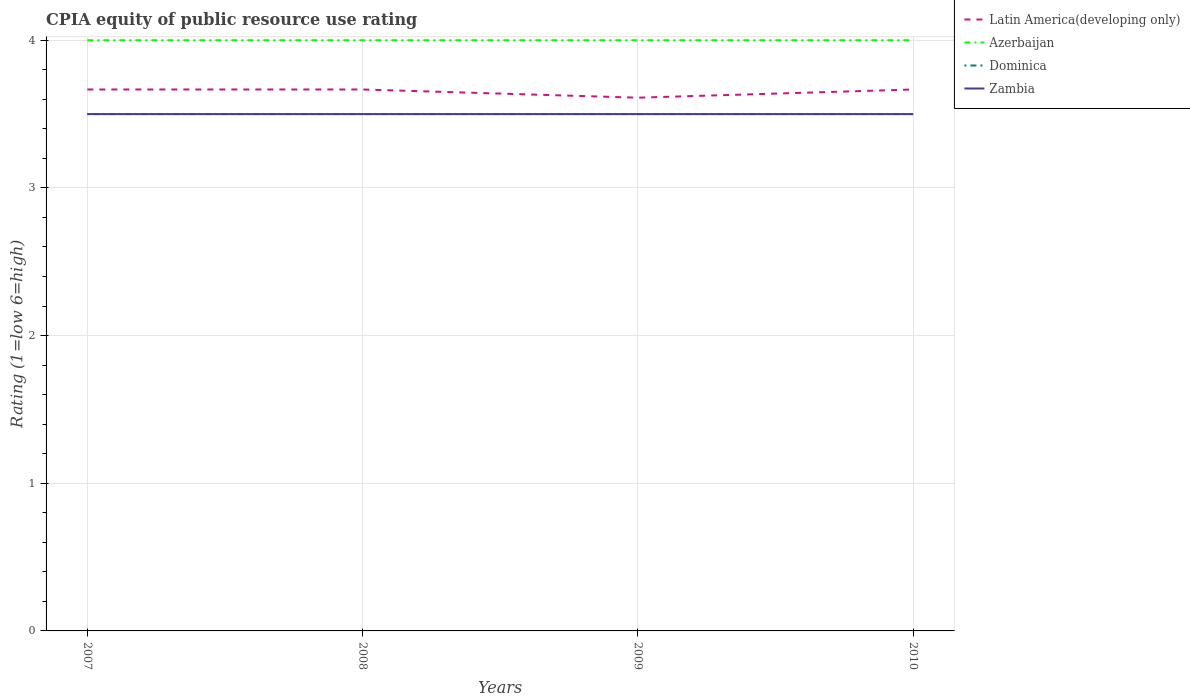
| Years | Latin America(developing only) | Azerbaijan | Dominica | Zambia |
 | --- | --- | --- | --- | --- |
 | 2007 | 3.67 | 4 | 3.5 | 3.5 |
 | 2008 | 3.67 | 4 | 3.5 | 3.5 |
 | 2009 | 3.61 | 4 | 3.5 | 3.5 |
 | 2010 | 3.67 | 4 | 3.5 | 3.5 |